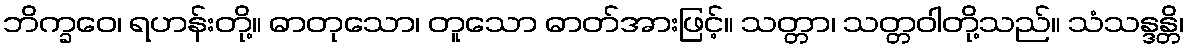
ဘိက္ခဝေ၊ ရဟန်းတို့။ ဓာတုသော၊ တူသော ဓာတ်အားဖြင့်။ သတ္တာ၊ သတ္တဝါတို့သည်။ သံသန္ဒန္တိ၊